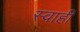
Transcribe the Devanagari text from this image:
स्वाही